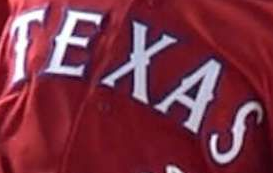
TEXAS